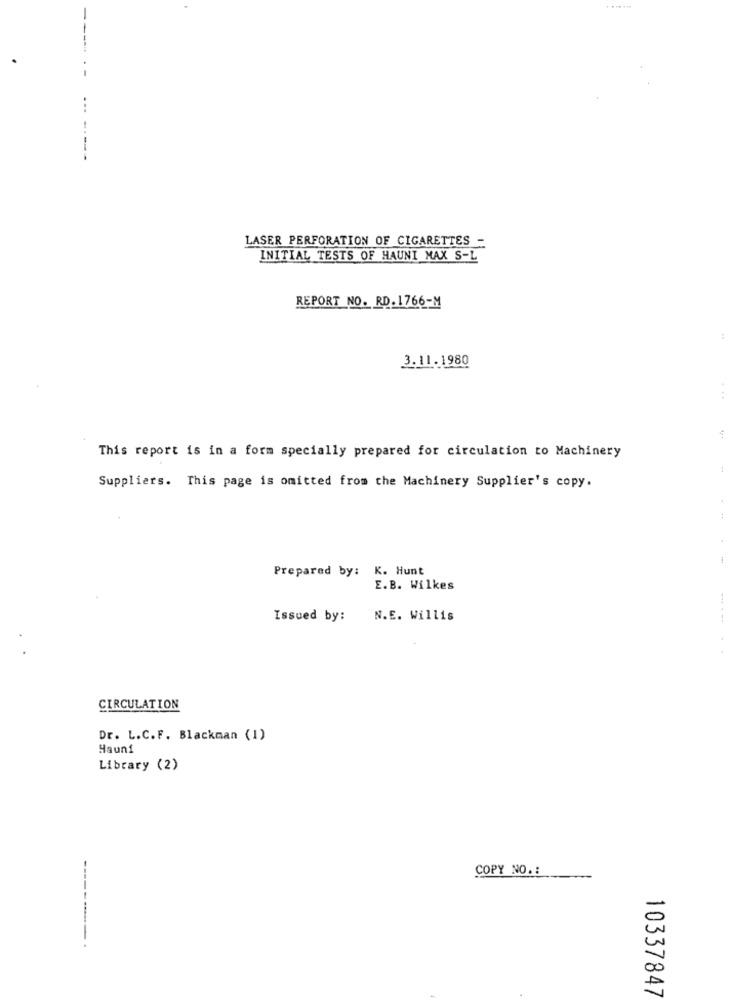
----
...
------
LASER PERFORATION OF CIGARETTES -
INITIAL TESTS OF HAUNI MAX S-L
REPORT NO. RD. 1766-M
3.11.1980
...
This report is in a form specially prepared for circulation to Machinery
Suppliers. This page is omitted from the Machinery Supplier's copy.
Prepared by: K. Hunt
E.B. Wilkes
Issued by:
N.E. Willis
--- - --
CIRCULATION
Dr. L.C.F. Blackman (1)
Hauni
Library (2)
COPY NO. :
----------.
10337847